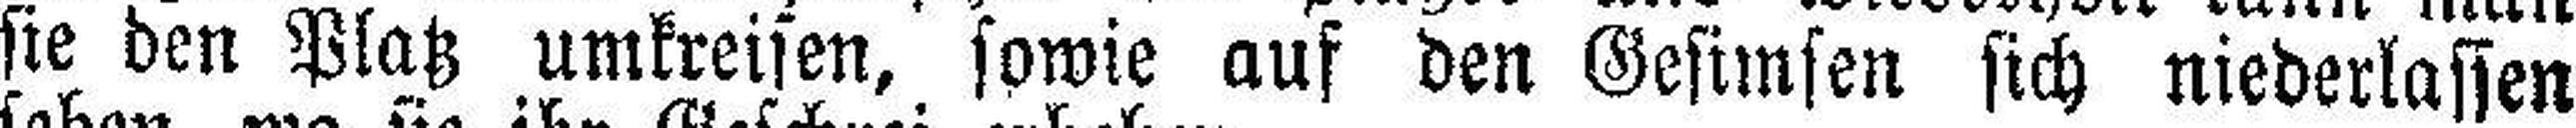
sie den Platz umkreisen, sowie auf den Gesimsen sich niederlassen